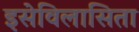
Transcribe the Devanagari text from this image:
इसेविलासिता